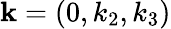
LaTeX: {\mathbf k}=(0,k_{2},k_{3})